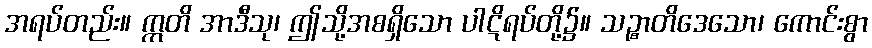
အရပ်တည်း။ ဣတိ အာဒီသု၊ ဤသို့အစရှိသော ပါဋိရပ်တို့၌။ သဉ္စာတိဒေသော၊ ကောင်းစွာ